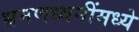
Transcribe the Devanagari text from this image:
भ्रमणध्वनींमध्ये